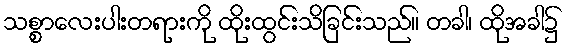
သစ္စာလေးပါးတရားကို ထိုးထွင်းသိခြင်းသည်။ တခါ၊ ထိုအခါ၌